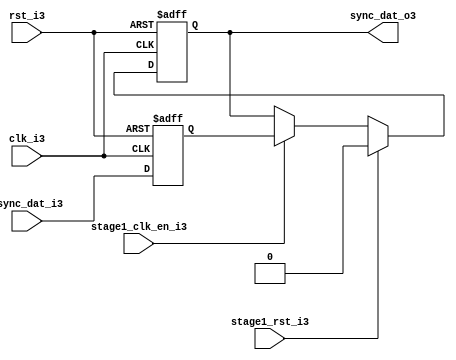
module uart_sync_flops3
(
  // internal signals3
  rst_i3,
  clk_i3,
  stage1_rst_i3,
  stage1_clk_en_i3,
  async_dat_i3,
  sync_dat_o3
);

parameter Tp3            = 1;
parameter width         = 1;
parameter init_value3    = 1'b0;

input                           rst_i3;                  // reset input
input                           clk_i3;                  // clock3 input
input                           stage1_rst_i3;           // synchronous3 reset for stage3 1 FF3
input                           stage1_clk_en_i3;        // synchronous3 clock3 enable for stage3 1 FF3
input   [width-1:0]             async_dat_i3;            // asynchronous3 data input
output  [width-1:0]             sync_dat_o3;             // synchronous3 data output


//
// Interal3 signal3 declarations3
//

reg     [width-1:0]             sync_dat_o3;
reg     [width-1:0]             flop_03;


// first stage3
always @ (posedge clk_i3 or posedge rst_i3)
begin
    if (rst_i3)
        flop_03 <= #Tp3 {width{init_value3}};
    else
        flop_03 <= #Tp3 async_dat_i3;    
end

// second stage3
always @ (posedge clk_i3 or posedge rst_i3)
begin
    if (rst_i3)
        sync_dat_o3 <= #Tp3 {width{init_value3}};
    else if (stage1_rst_i3)
        sync_dat_o3 <= #Tp3 {width{init_value3}};
    else if (stage1_clk_en_i3)
        sync_dat_o3 <= #Tp3 flop_03;       
end

endmodule